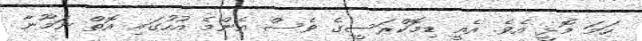
ހަމަ މޮޅީ އެވެ. އެއީ ޑިމޮކްރަސީގެ ވެސް އެންމެ އުހުގައި އޮތް ނަމޫނާ